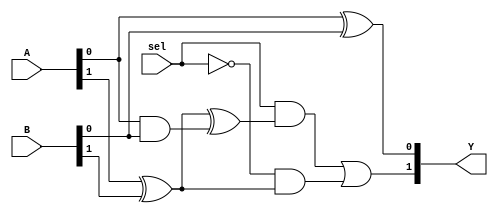
/* Generated by Yosys 0.7 (git sha1 61f6811, gcc 6.2.0-11ubuntu1 -O2 -fdebug-prefix-map=/build/yosys-OIL3SR/yosys-0.7=. -fstack-protector-strong -fPIC -Os) */

(* src = "testfile_out.v:1" *)
module mux_2to1(Y, A, B, sel);
  (* src = "testfile_out.v:9" *)
  wire _03_;
  (* src = "testfile_out.v:9" *)
  wire _04_;
  (* src = "testfile_out.v:9" *)
  wire _05_;
  (* src = "testfile_out.v:5" *)
  input [1:0] A;
  (* src = "testfile_out.v:6" *)
  input [1:0] B;
  (* src = "testfile_out.v:7" *)
  output [1:0] Y;
  (* src = "testfile_out.v:2" *)
  wire [1:0] _0_;
  (* src = "testfile_out.v:3" *)
  wire [1:0] _1_;
  (* src = "testfile_out.v:4" *)
  wire [1:0] _2_;
  (* src = "testfile_out.v:8" *)
  input sel;
  assign _05_ = ~(* src = "testfile_out.v:9" *) sel;
  assign _03_ = sel &(* src = "testfile_out.v:9" *)  _0_[1];
  assign _04_ = _05_ &(* src = "testfile_out.v:9" *)  _2_[1];
  assign Y[1] = _03_ |(* src = "testfile_out.v:9" *)  _04_;
  assign Y[0] = A[0] ^(* src = "testfile_out.v:10" *)  B[0];
  assign _2_[1] = A[1] ^(* src = "testfile_out.v:11" *)  B[1];
  assign _0_[1] = _2_[1] ^(* src = "testfile_out.v:12" *)  _1_[0];
  assign _1_[0] = A[0] &(* src = "testfile_out.v:13" *)  B[0];
endmodule